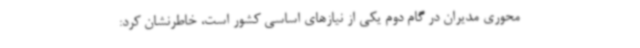
محوری مدیران در گام دوم یکی از نیازهای اساسی کشور است، خاطرنشان کرد: